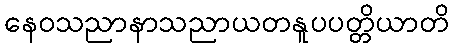
နေဝသညာနာသညာယတနူပပတ္တိယာတိ